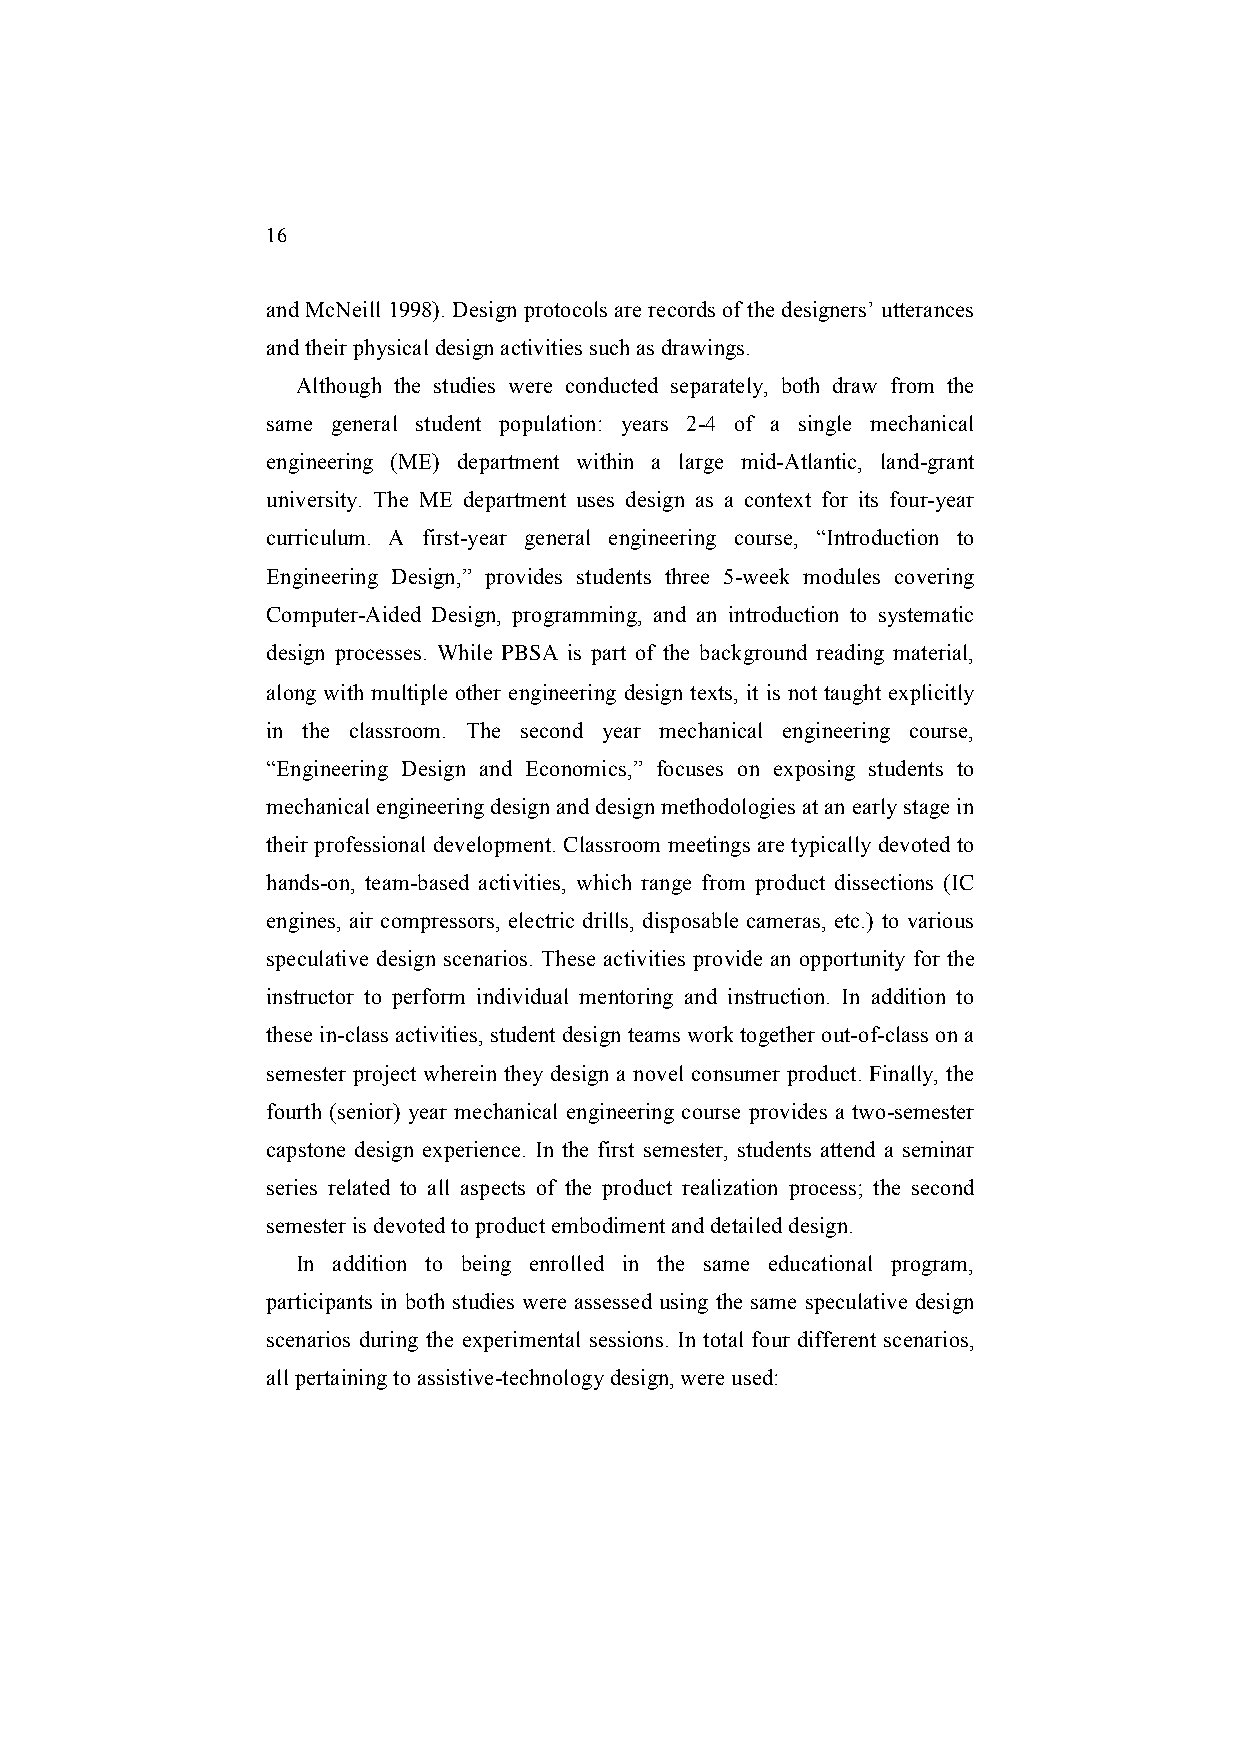
16
 and McNeill 1998). Design protocols are records of the designers’ utterances
 and their physical design activities such as drawings.
 Although the studies were conducted separately, both draw from the
 same general student population: years 2-4 of a single mechanical
 engineering (ME) department within a large mid-Atlantic, land-grant
 university. The ME department uses design as a context for its four-year
 curriculum. A first-year general engineering course, “Introduction to
 Engineering Design,” provides students three 5-week modules covering
 Computer-Aided Design, programming, and an introduction to systematic
 design processes. While PBSA is part of the background reading material,
 along with multiple other engineering design texts, it is not taught explicitly
 in the classroom. The second year mechanical engineering course,
 “Engineering Design and Economics,” focuses on exposing students to
 mechanical engineering design and design methodologies at an early stage in
 their professional development. Classroom meetings are typically devoted to
 hands-on, team-based activities, which range from product dissections (IC
 engines, air compressors, electric drills, disposable cameras, etc.) to various
 speculative design scenarios. These activities provide an opportunity for the
 instructor to perform individual mentoring and instruction. In addition to
 these in-class activities, student design teams work together out-of-class on a
 semester project wherein they design a novel consumer product. Finally, the
 fourth (senior) year mechanical engineering course provides a two-semester
 capstone design experience. In the first semester, students attend a seminar
 series related to all aspects of the product realization process; the second
 semester is devoted to product embodiment and detailed design.
 In addition to being enrolled in the same educational program,
 participants in both studies were assessed using the same speculative design
 scenarios during the experimental sessions. In total four different scenarios,
 all pertaining to assistive-technology design, were used: